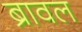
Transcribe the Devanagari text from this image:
ब्रावल